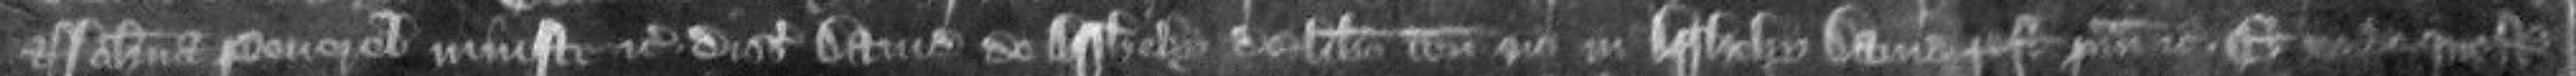
et Johanna Peverel injuste etc disseisiverunt David de Assheby de libero tenemento suo in Assheby David post primam etc Et unde questum